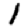
Digit: 1